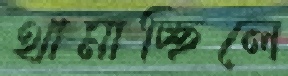
থামাচ্ছিলে